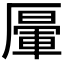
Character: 𠪷